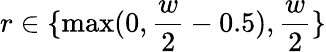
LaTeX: r\in\{ \mathrm{max}(0,\frac{w}{2}-0.5),\frac{w}{2}\}